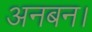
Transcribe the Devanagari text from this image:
अनबन।